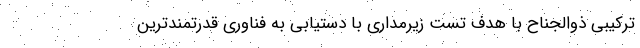
ترکیبی ذوالجناح با هدف تست زیرمداری با دستیابی به فناوری قدرتمندترین